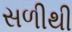
સળીથી